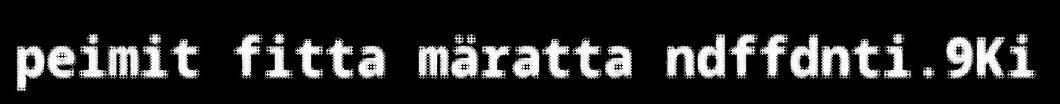
peimit fitta märatta ndffdnti.9Ki